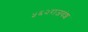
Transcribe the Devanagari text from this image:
५६२राजवंश